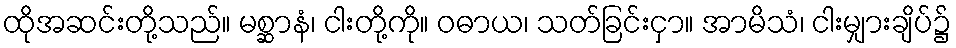
ထိုအဆင်းတို့သည်။ မစ္ဆာနံ၊ ငါးတို့ကို။ ဝဓာယ၊ သတ်ခြင်းငှာ။ အာမိသံ၊ ငါးမျှားချိပ်၌